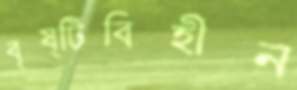
বৃষ্টিবিহীন